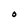
Character: O